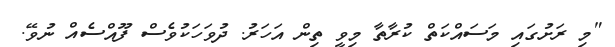
"މި ރަށުގައި މަސައްކަތް ކުރާތާ މިވީ ތިން އަހަރު. ދުވަހަކުވެސް ފޫއްސެއް ނުވޭ.